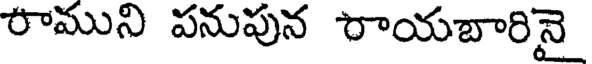
రాముని పనుపున రాయబారినై